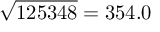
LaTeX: { \sqrt { 1 2 5 3 4 8 } } = 3 5 4 . 0